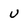
Character: u